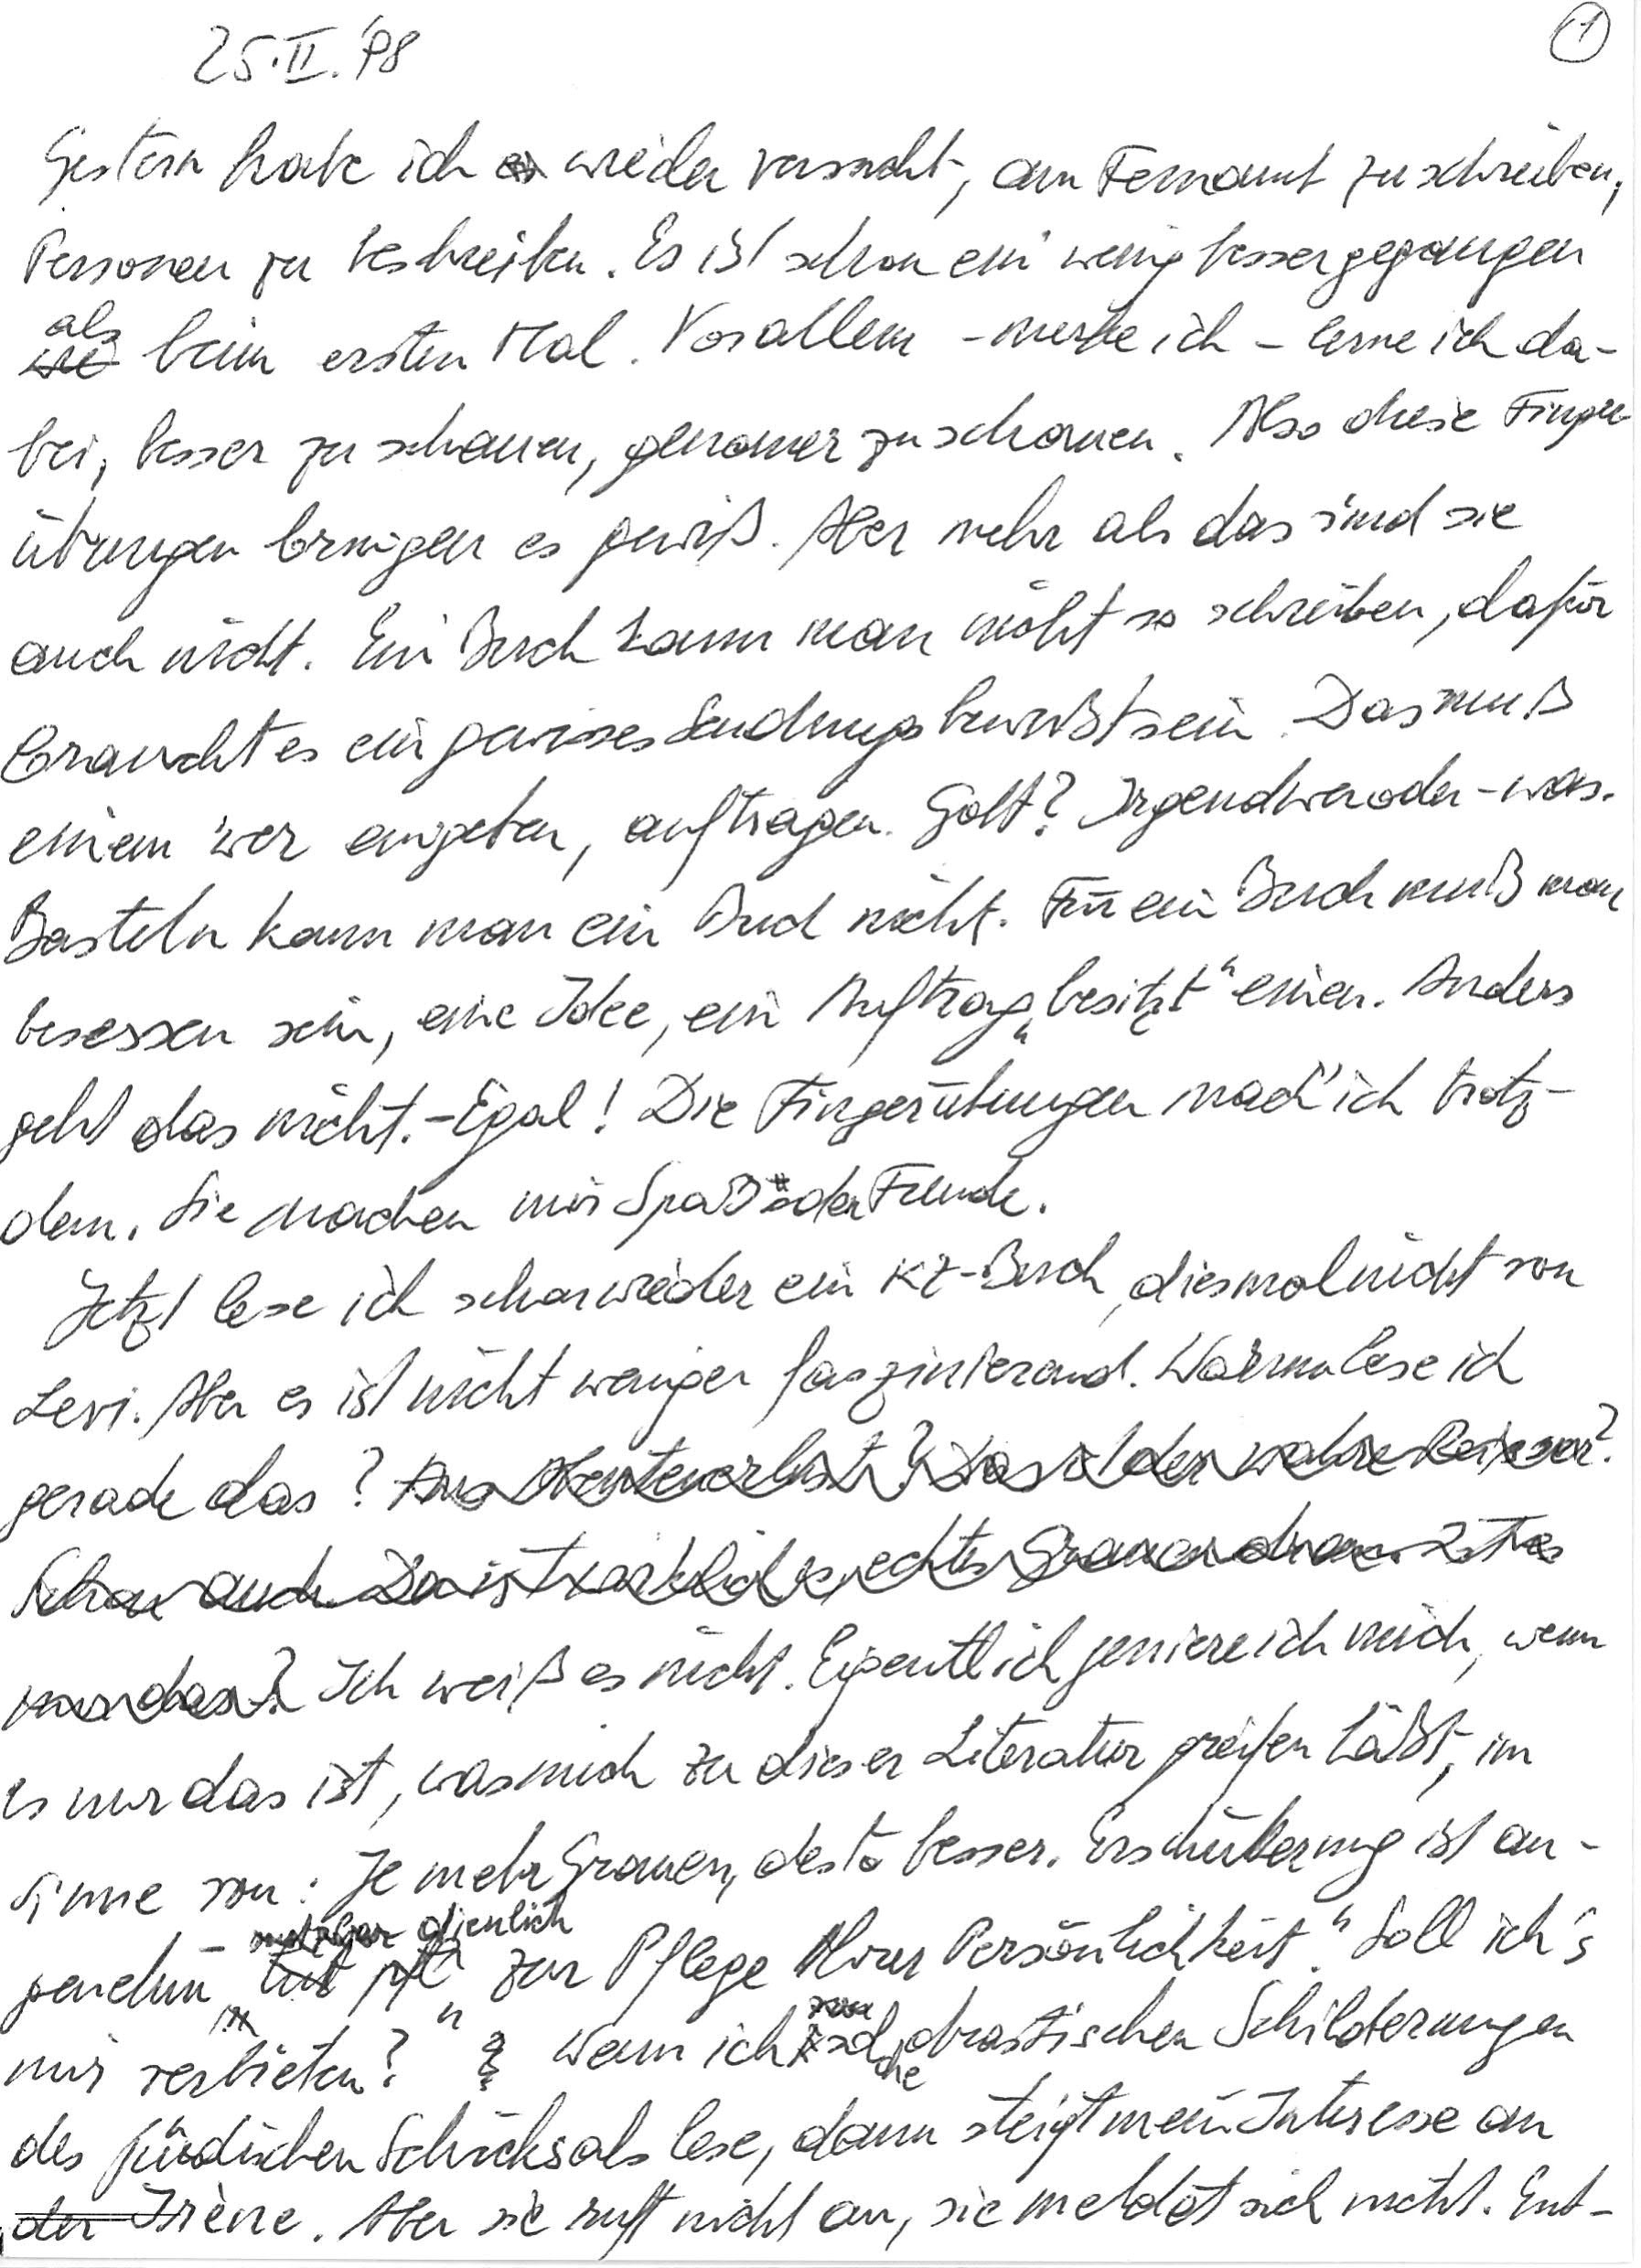
25. II. ‘98
Gestern habe ich wieder versucht, am Fernamt zu schreiben,
Personen zu beschreiben. Es ist schon ein wenig besser gegangen
als beim ersten Mal. Vor allem – merke ich – lerne ich da-
bei, besser zu schauen, genauer zu schauen. Also diese Finger-
übungen bringen es gewiß. Aber mehr als das sind sie
auch nicht. Ein Buch kann man nicht so schreiben, dafür
braucht es ein gewisses Sendungsbewußtsein. Das muß
einem ‘wer eingeben, auftragen. Gott? Irgendwer oder -was.
Basteln kann man ein Buch nicht. Für ein Buch muß man
besessen sein, eine Idee, ein Auftrag „besitzt“ einen. Anders
geht das nicht. – Egal! Die Fingerübungen mach‘ ich trotz-
dem. Sie machen mir Spaß oder Freude.
Jetzt lese ich schon wieder ein KZ-Buch, diesmal nicht von
Levi. Aber es ist nicht weniger faszinierend. Warum lese ich
gerade das?
Ich weiß es nicht. Eigentlich geniere ich mich, wenn
es nur das ist, was mich zu dieser Literatur greifen läßt, im
Sinne von: Je mehr Grauen, desto besser. Erschütterung ist an-
genehm – dienlich „zur Pflege Ihrer Persönlichkeit“. Soll ich’s
mir verbieten? Wenn ich solche drastischen Schilderungen
des jüdischen Schicksals lese, dann steigt mein Interesse an
der Irène. Aber sie ruft nicht an, sie meldet sich nicht. Ent-